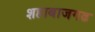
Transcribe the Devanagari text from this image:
शहाबाजगढ